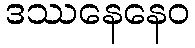
ဒဿနေနေဝ